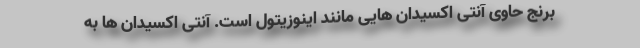
برنج حاوی آنتی اکسیدان هایی مانند اینوزیتول است. آنتی اکسیدان ها به